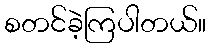
စတင်ခဲ့ကြပါတယ်။